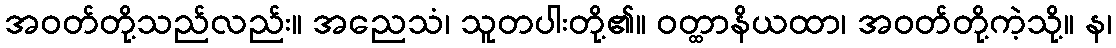
အဝတ်တို့သည်လည်း။ အညေသံ၊ သူတပါးတို့၏။ ဝတ္ထာနိယထာ၊ အဝတ်တို့ကဲ့သို့။ န၊